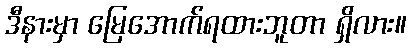
ဒီနားမှာ မြေအောက်ရထားဘူတာ ရှိလား။